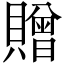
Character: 贈